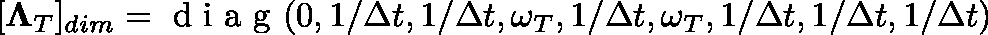
[ \mathbf { \Lambda } _ { T } ] _ { d i m } = \mathrm { ~ d ~ i ~ a ~ g ~ } ( 0 , 1 / \Delta t , 1 / \Delta t , \omega _ { T } , 1 / \Delta t , \omega _ { T } , 1 / \Delta t , 1 / \Delta t , 1 / \Delta t )